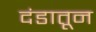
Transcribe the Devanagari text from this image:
दंडातून